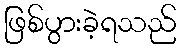
ဖြစ်ပွားခဲ့ရသည်